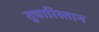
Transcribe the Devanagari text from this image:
तुचारिस्तान